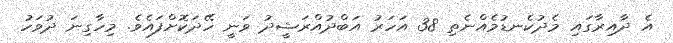
އެ ދާއިރާގައި މެދުކެނޑުމެއްނެތި 38 އަހަރު އަބްދުއްރަޝީދު ވަނީ ހޭދަކޮށްފައެވެ. މިހާގިނަ ދުވަހު